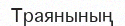
Траянының